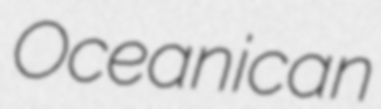
Oceanican